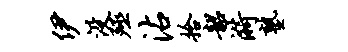
伊没殛沾拾韶漪塾